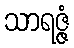
သာရဇ္ဇံ